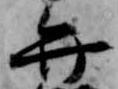
弁